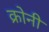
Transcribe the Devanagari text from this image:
क्रोनी